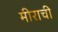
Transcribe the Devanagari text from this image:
मीराची